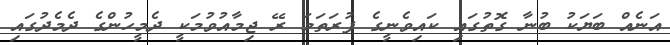
އަނެއް ބަޔަކު ބުނާ ގޮތުގައި ކައިވެނީގެ ފުރަތަމަ ރޭ ޖިމާއުވުމަކީ ދެމީހުންގެ ދެމެދުގައި